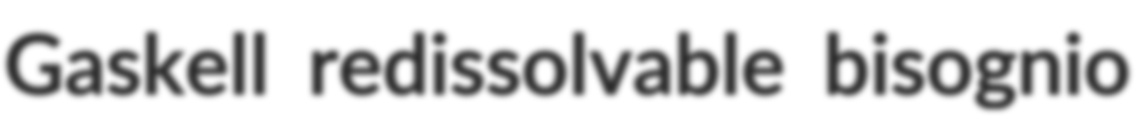
Gaskell redissolvable bisognio